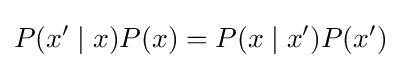
P(x'\mid x)P(x)=P(x\mid x')P(x')